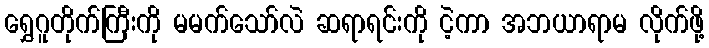
ရွှေဂူတိုက်ကြီးကို မမက်သော်လဲ ဆရာရင်းကို ငဲ့ကာ အဘယာရာမ လိုက်ဖို့